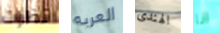
نظرات العربه الهندى انا